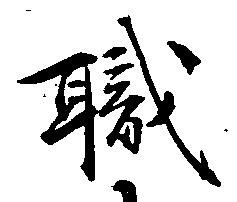
職